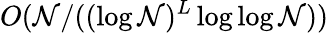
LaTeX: O(\mathcal{N}/((\log\mathcal{N})^{L}\log\log\mathcal{N}))